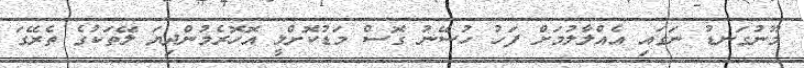
މޫނުގަނޑު ނަގައި އެއްލާލުމަށް ފަހު ހުސޭނު ގޮސް މަޑުކޮށްލީ އޮހޮރެމުންދިޔަ ލޭތަކުގެ ތެރޭގަ